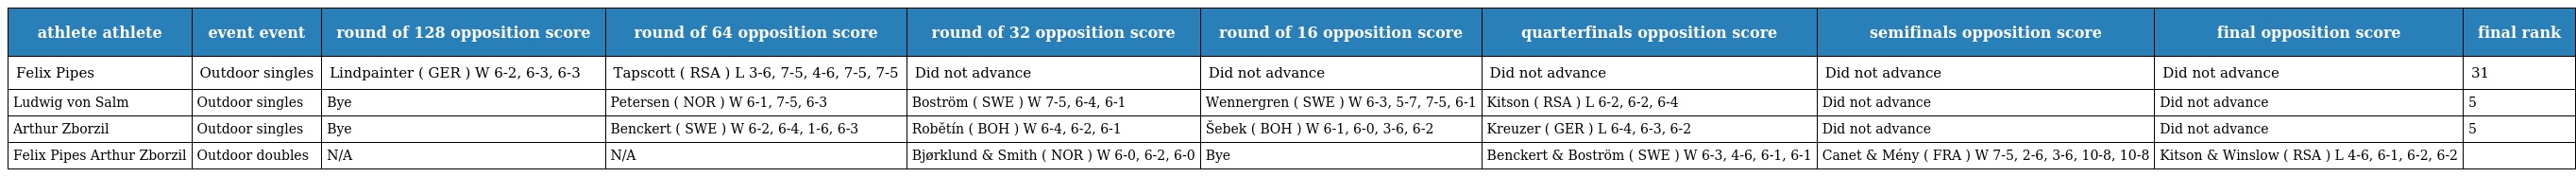
| athlete athlete | event event | round of 128 opposition score | round of 64 opposition score | round of 32 opposition score | round of 16 opposition score | quarterfinals opposition score | semifinals opposition score | final opposition score | final rank |
 | --- | --- | --- | --- | --- | --- | --- | --- | --- | --- |
 | Felix Pipes | Outdoor singles | Lindpainter ( GER ) W 6-2, 6-3, 6-3 | Tapscott ( RSA ) L 3-6, 7-5, 4-6, 7-5, 7-5 | Did not advance | Did not advance | Did not advance | Did not advance | Did not advance | 31 |
 | Ludwig von Salm | Outdoor singles | Bye | Petersen ( NOR ) W 6-1, 7-5, 6-3 | Boström ( SWE ) W 7-5, 6-4, 6-1 | Wennergren ( SWE ) W 6-3, 5-7, 7-5, 6-1 | Kitson ( RSA ) L 6-2, 6-2, 6-4 | Did not advance | Did not advance | 5 |
 | Arthur Zborzil | Outdoor singles | Bye | Benckert ( SWE ) W 6-2, 6-4, 1-6, 6-3 | Robětín ( BOH ) W 6-4, 6-2, 6-1 | Šebek ( BOH ) W 6-1, 6-0, 3-6, 6-2 | Kreuzer ( GER ) L 6-4, 6-3, 6-2 | Did not advance | Did not advance | 5 |
 | Felix Pipes Arthur Zborzil | Outdoor doubles | N/A | N/A | Bjørklund & Smith ( NOR ) W 6-0, 6-2, 6-0 | Bye | Benckert & Boström ( SWE ) W 6-3, 4-6, 6-1, 6-1 | Canet & Mény ( FRA ) W 7-5, 2-6, 3-6, 10-8, 10-8 | Kitson & Winslow ( RSA ) L 4-6, 6-1, 6-2, 6-2 |  |